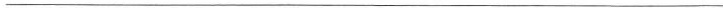
___